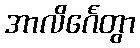
အာလိင်္ဂေတွာ